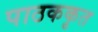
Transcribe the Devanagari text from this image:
पाठककृत